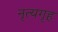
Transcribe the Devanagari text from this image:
नृत्यगृह